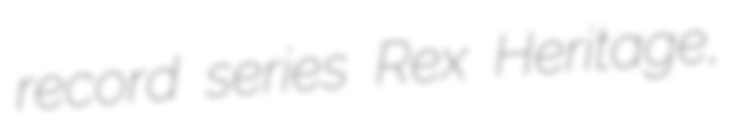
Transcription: record series Rex Heritage,